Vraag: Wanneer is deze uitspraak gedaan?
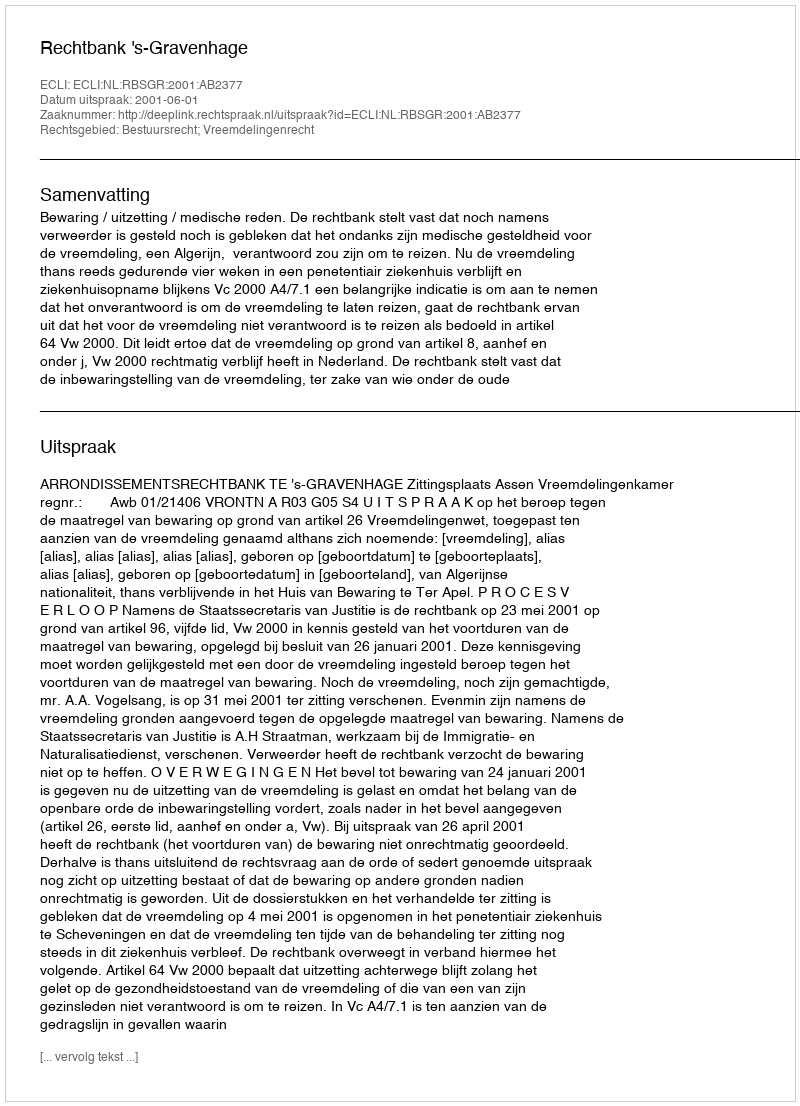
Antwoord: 2001-06-01